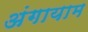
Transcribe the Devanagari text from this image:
अंगायाम